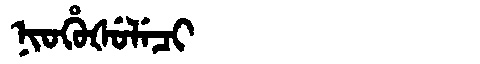
Manchu: ᠨᡳᠣᡥᡠᡧᡠᠯᡝᠴᡳ
Romanization: NIOHUŠULECI